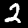
Digit: 2